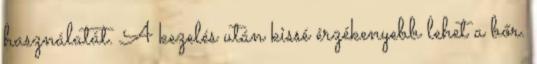
használatát. A kezelés után kissé érzékenyebb lehet a bőr.